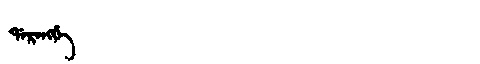
Manchu: ᡩᠠᡵᠠᠩᡤᡝ
Romanization: DARANGGE